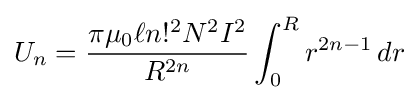
U_{n}={\frac {\pi \mu _{0}\ell n!^{2}N^{2}I^{2}}{R^{2n}}}\int _{0}^{R}r^{2n-1}\,dr